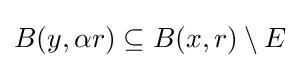
B(y,\alpha r)\subseteq B(x,r)\setminus E